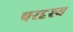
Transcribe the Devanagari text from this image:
परदृश्य